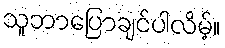
သူဘာပြောချင်ပါလိမ့်။